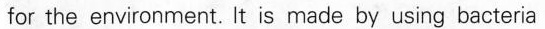
for the environment. 't is made by using bacteria